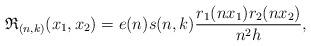
LaTeX: \begin{align*}\mathfrak{R}_{(n,k)}(x_1,x_2)=e(n) s(n,k) \frac{r_1 (n x_1) r_2 (n x_2)}{n^2 h},\end{align*}